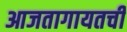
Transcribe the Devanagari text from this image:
आजतागायतची